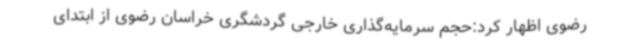
رضوی اظهار کرد:حجم سرمایه‌گذاری خارجی گردشگری خراسان رضوی از ابتدای